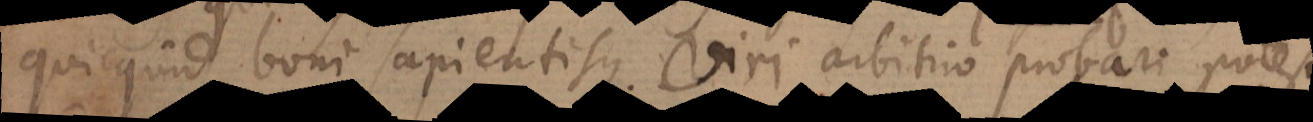
quicquid boni sapientisque viri arbitrio proba